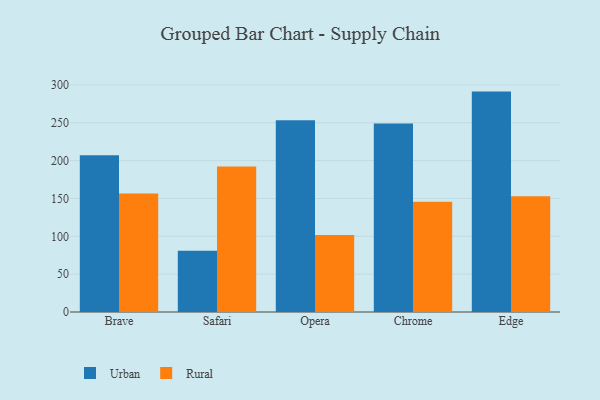
{"axis": {"x": "Browser", "y": "Inventory Turnover"}, "legend": ["Rural", "Urban"], "data": [{"x": "Brave", "y": 207.1, "type": "Urban"}, {"x": "Brave", "y": 156.7, "type": "Rural"}, {"x": "Safari", "y": 80.9, "type": "Urban"}, {"x": "Safari", "y": 192.2, "type": "Rural"}, {"x": "Opera", "y": 253.3, "type": "Urban"}, {"x": "Opera", "y": 101.9, "type": "Rural"}, {"x": "Chrome", "y": 249.0, "type": "Urban"}, {"x": "Chrome", "y": 145.7, "type": "Rural"}, {"x": "Edge", "y": 291.2, "type": "Urban"}, {"x": "Edge", "y": 153.0, "type": "Rural"}]}